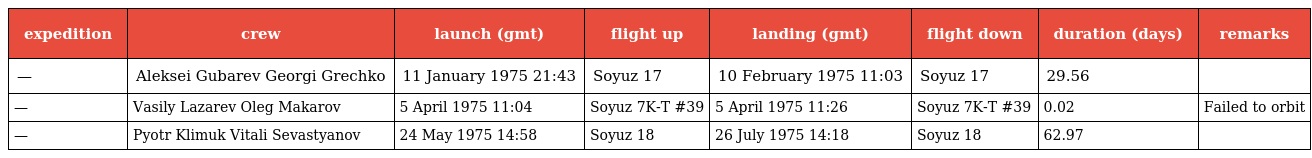
| expedition | crew | launch (gmt) | flight up | landing (gmt) | flight down | duration (days) | remarks |
 | --- | --- | --- | --- | --- | --- | --- | --- |
 | — | Aleksei Gubarev Georgi Grechko | 11 January 1975 21:43 | Soyuz 17 | 10 February 1975 11:03 | Soyuz 17 | 29.56 |  |
 | — | Vasily Lazarev Oleg Makarov | 5 April 1975 11:04 | Soyuz 7K-T #39 | 5 April 1975 11:26 | Soyuz 7K-T #39 | 0.02 | Failed to orbit |
 | — | Pyotr Klimuk Vitali Sevastyanov | 24 May 1975 14:58 | Soyuz 18 | 26 July 1975 14:18 | Soyuz 18 | 62.97 |  |